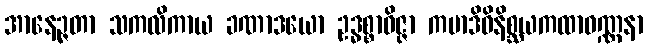
အာနေဉ္ဇတာ သကလိကာယ ခဏာဒယော ဥဒ္ဓစ္စာဝိဇ္ဇာ ကမာဒိဝိနိစ္ဆယကထာဝဏ္ဏနာ